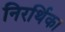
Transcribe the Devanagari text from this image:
निरर्थिका